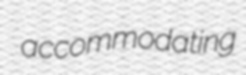
accommodating